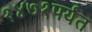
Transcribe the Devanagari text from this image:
१४७१पर्यंत